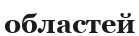
областей